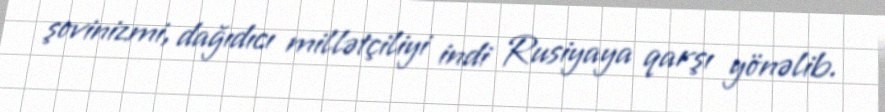
şovinizmi, dağıdıcı millətçiliyi indi Rusiyaya qarşı yönəlib.